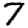
Digit: 7